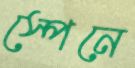
স্পেনে